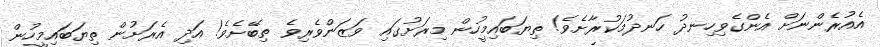
އެއުރެންނަށް އެންގެވިހިނދު ހަނދުމަކުރާށެވެ! ތިޔަބައިމީހުން މިރަށުގައި ވަޒަންވެރިވެ ތިބޭށެވެ! އަދި އެރަށުން ތިޔަބައިމީހުން